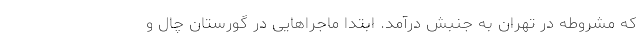
که مشروطه در تهران به جنبش درآمد. ابتدا ماجراهایی در گورستان چال و